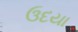
ઉદયા